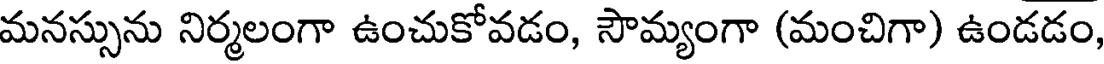
మనస్సును నిర్మలంగా ఉంచుకోవడం, సౌమ్యంగా (మంచిగా) ఉండడం,